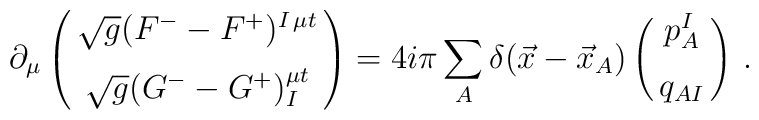
\partial_\mu \pmatrix{ \sqrt{g} (F^{-} - F^{+})^{I\,\mu  t}\cr\noalign{\vskip2mm}  \sqrt{g} ( G^{-} - G^{+})^{\mu t}_I}  = 4 i \pi \sum_A   \delta(\vec{x} - \vec{x}_A)\pmatrix{p^I_A\cr\noalign{\vskip2mm} q_{AI}} \,.